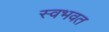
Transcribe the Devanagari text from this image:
स्वभवत